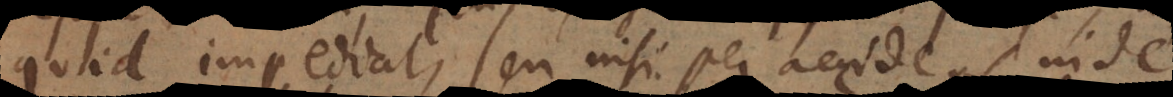
quid impediat, seu nisi per accidens inde